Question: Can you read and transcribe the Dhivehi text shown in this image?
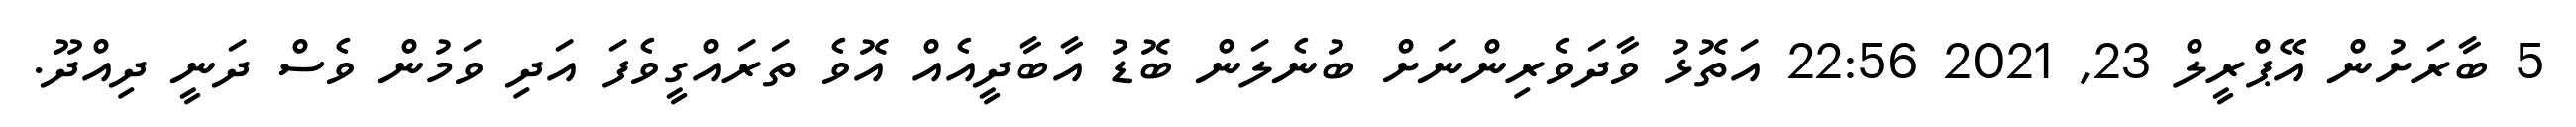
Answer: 5 ބާރަށުން އޭޕްރީލް 23, 2021 22:56 އަތޮޅު ވާދަވެރިންނަށް ބުނެލަން ބޮޑު އާބާދީއެއް އޮވެ ތަރައްގީވެފަ އަދި ވަމުން ވެސް ދަނީ ދިއްދޫ.